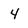
Character: 4